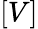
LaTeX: [V]